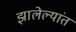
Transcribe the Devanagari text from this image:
झालेल्‍यांत